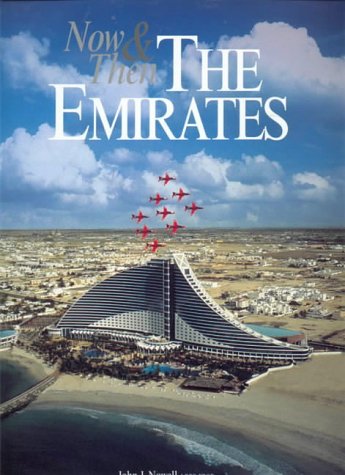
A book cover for Now & Then The Emirates (Our Earth); John J. Nowell; History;